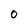
Character: o